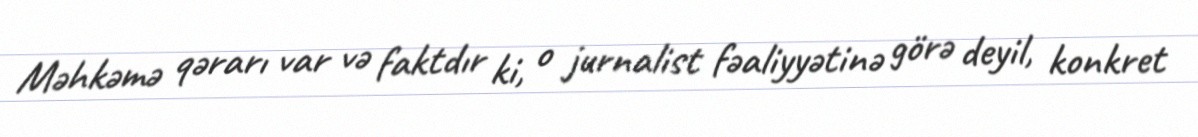
Məhkəmə qərarı var və faktdır ki, o jurnalist fəaliyyətinə görə deyil, konkret